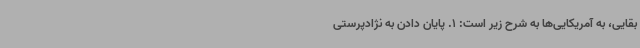
بقایی، به آمریکایی‌ها به شرح زیر است: 1. پایان دادن به نژادپرستی